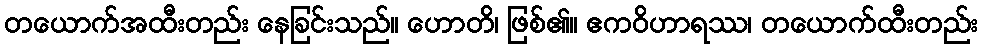
တယောက်အထီးတည်း နေခြင်းသည်။ ဟောတိ၊ ဖြစ်၏။ ဧကဝိဟာရဿ၊ တယောက်ထီးတည်း